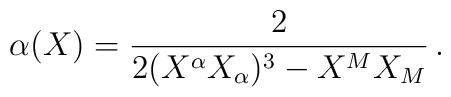
\alpha (X)=\frac{2}{2 (X^{\alpha}X_{\alpha})^3  -X^{M}X_{M}}\,.